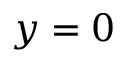
y = 0